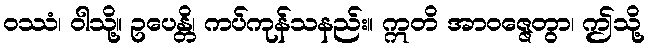
ဝဿံ၊ ဝါသို့။ ဥပေန္တိ၊ ကပ်ကုန်သနည်း။ ဣတိ အာဝဇ္ဇေတွာ၊ ဤသို့